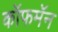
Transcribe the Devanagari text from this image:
कॉफमॅन